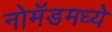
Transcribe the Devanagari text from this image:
नोमॅडमध्ये